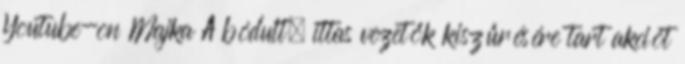
Youtube-on Majka A bódult, ittas vezetők kiszűrésére tart akciót